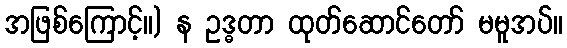
အဖြစ်ကြောင့်။) န ဥဒ္ဓတာ ထုတ်ဆောင်တော် မမူအပ်။